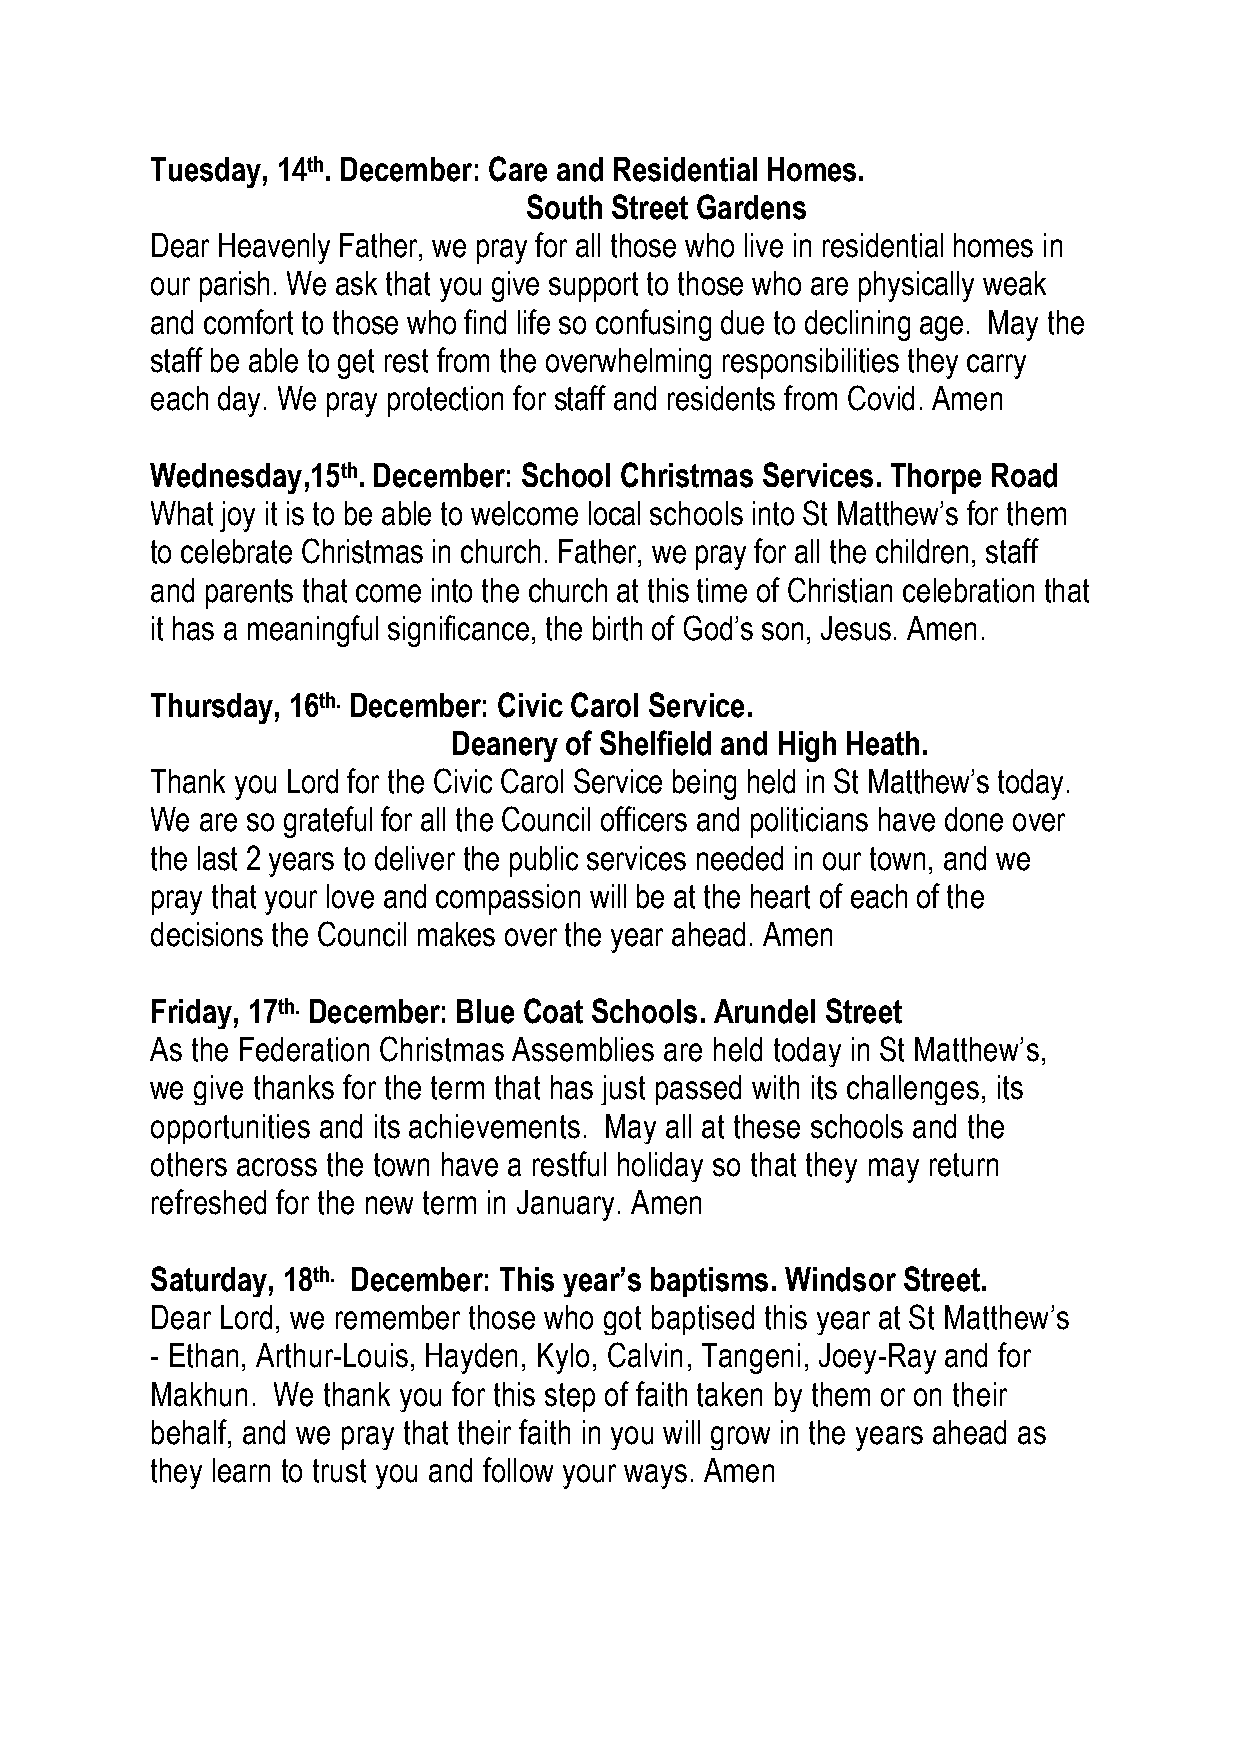
Tuesday, 14th. December: Care and Residential Homes.
 South Street Gardens
 Dear Heavenly Father, we pray for all those who live in residential homes in
 our parish. We ask that you give support to those who are physically weak
 and comfort to those who find life so confusing due to declining age. May the
 staff be able to get rest from the overwhelming responsibilities they carry
 each day. We pray protection for staff and residents from Covid. Amen
 Wednesday,15th. December: School Christmas Services. Thorpe Road
 What joy it is to be able to welcome local schools into St Matthew’s for them
 to celebrate Christmas in church. Father, we pray for all the children, staff
 and parents that come into the church at this time of Christian celebration that
 it has a meaningful significance, the birth of God’s son, Jesus. Amen.
 Thursday, 16th. December: Civic Carol Service.
 Deanery of Shelfield and High Heath.
 Thank you Lord for the Civic Carol Service being held in St Matthew’s today.
 We are so grateful for all the Council officers and politicians have done over
 the last 2 years to deliver the public services needed in our town, and we
 pray that your love and compassion will be at the heart of each of the
 decisions the Council makes over the year ahead. Amen
 Friday, 17th. December: Blue Coat Schools. Arundel Street
 As the Federation Christmas Assemblies are held today in St Matthew’s,
 we give thanks for the term that has just passed with its challenges, its
 opportunities and its achievements. May all at these schools and the
 others across the town have a restful holiday so that they may return
 refreshed for the new term in January. Amen
 Saturday, 18th. December: This year’s baptisms. Windsor Street.
 Dear Lord, we remember those who got baptised this year at St Matthew’s
 - Ethan, Arthur-Louis, Hayden, Kylo, Calvin, Tangeni, Joey-Ray and for
 Makhun. We thank you for this step of faith taken by them or on their
 behalf, and we pray that their faith in you will grow in the years ahead as
 they learn to trust you and follow your ways. Amen